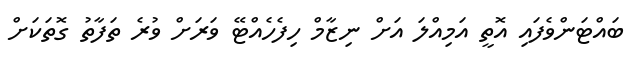
ބައްޓަންވެފައި އޮތީ އަމިއްލަ އަށް ނިޒާމް ހިފެހެއްޓޭ ވަރަށް ވުރެ ތަފާތު ގޮތަކަށް